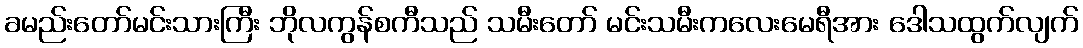
ခမည်းတော်မင်းသားကြီး ဘိုလကွန်စကီသည် သမီးတော် မင်းသမီးကလေးမေရီအား ဒေါသထွက်လျက်